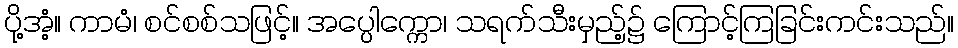
ပို့အံ့။ ကာမံ၊ စင်စစ်သဖြင့်။ အပ္ပေါက္ကော၊ သရက်သီးမှည့်၌ ကြောင့်ကြခြင်းကင်းသည်။